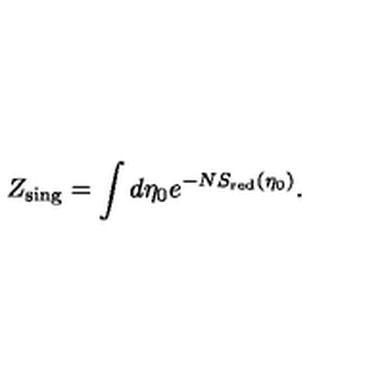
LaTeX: Z _ { \mathrm { \scriptsize s i n g } } = \int d \eta _ { 0 } e ^ { - N S _ { \mathrm { \tiny r e d } } ( \eta _ { 0 } ) } .